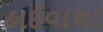
હાઇવાથા